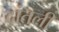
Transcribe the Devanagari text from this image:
दांतली